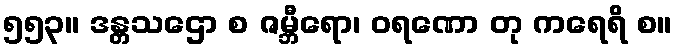
၅၅၃။ ဒန္တသဌော စ ဇမ္ဘီရော၊ ဝရဏော တု ကရေရိ စ။